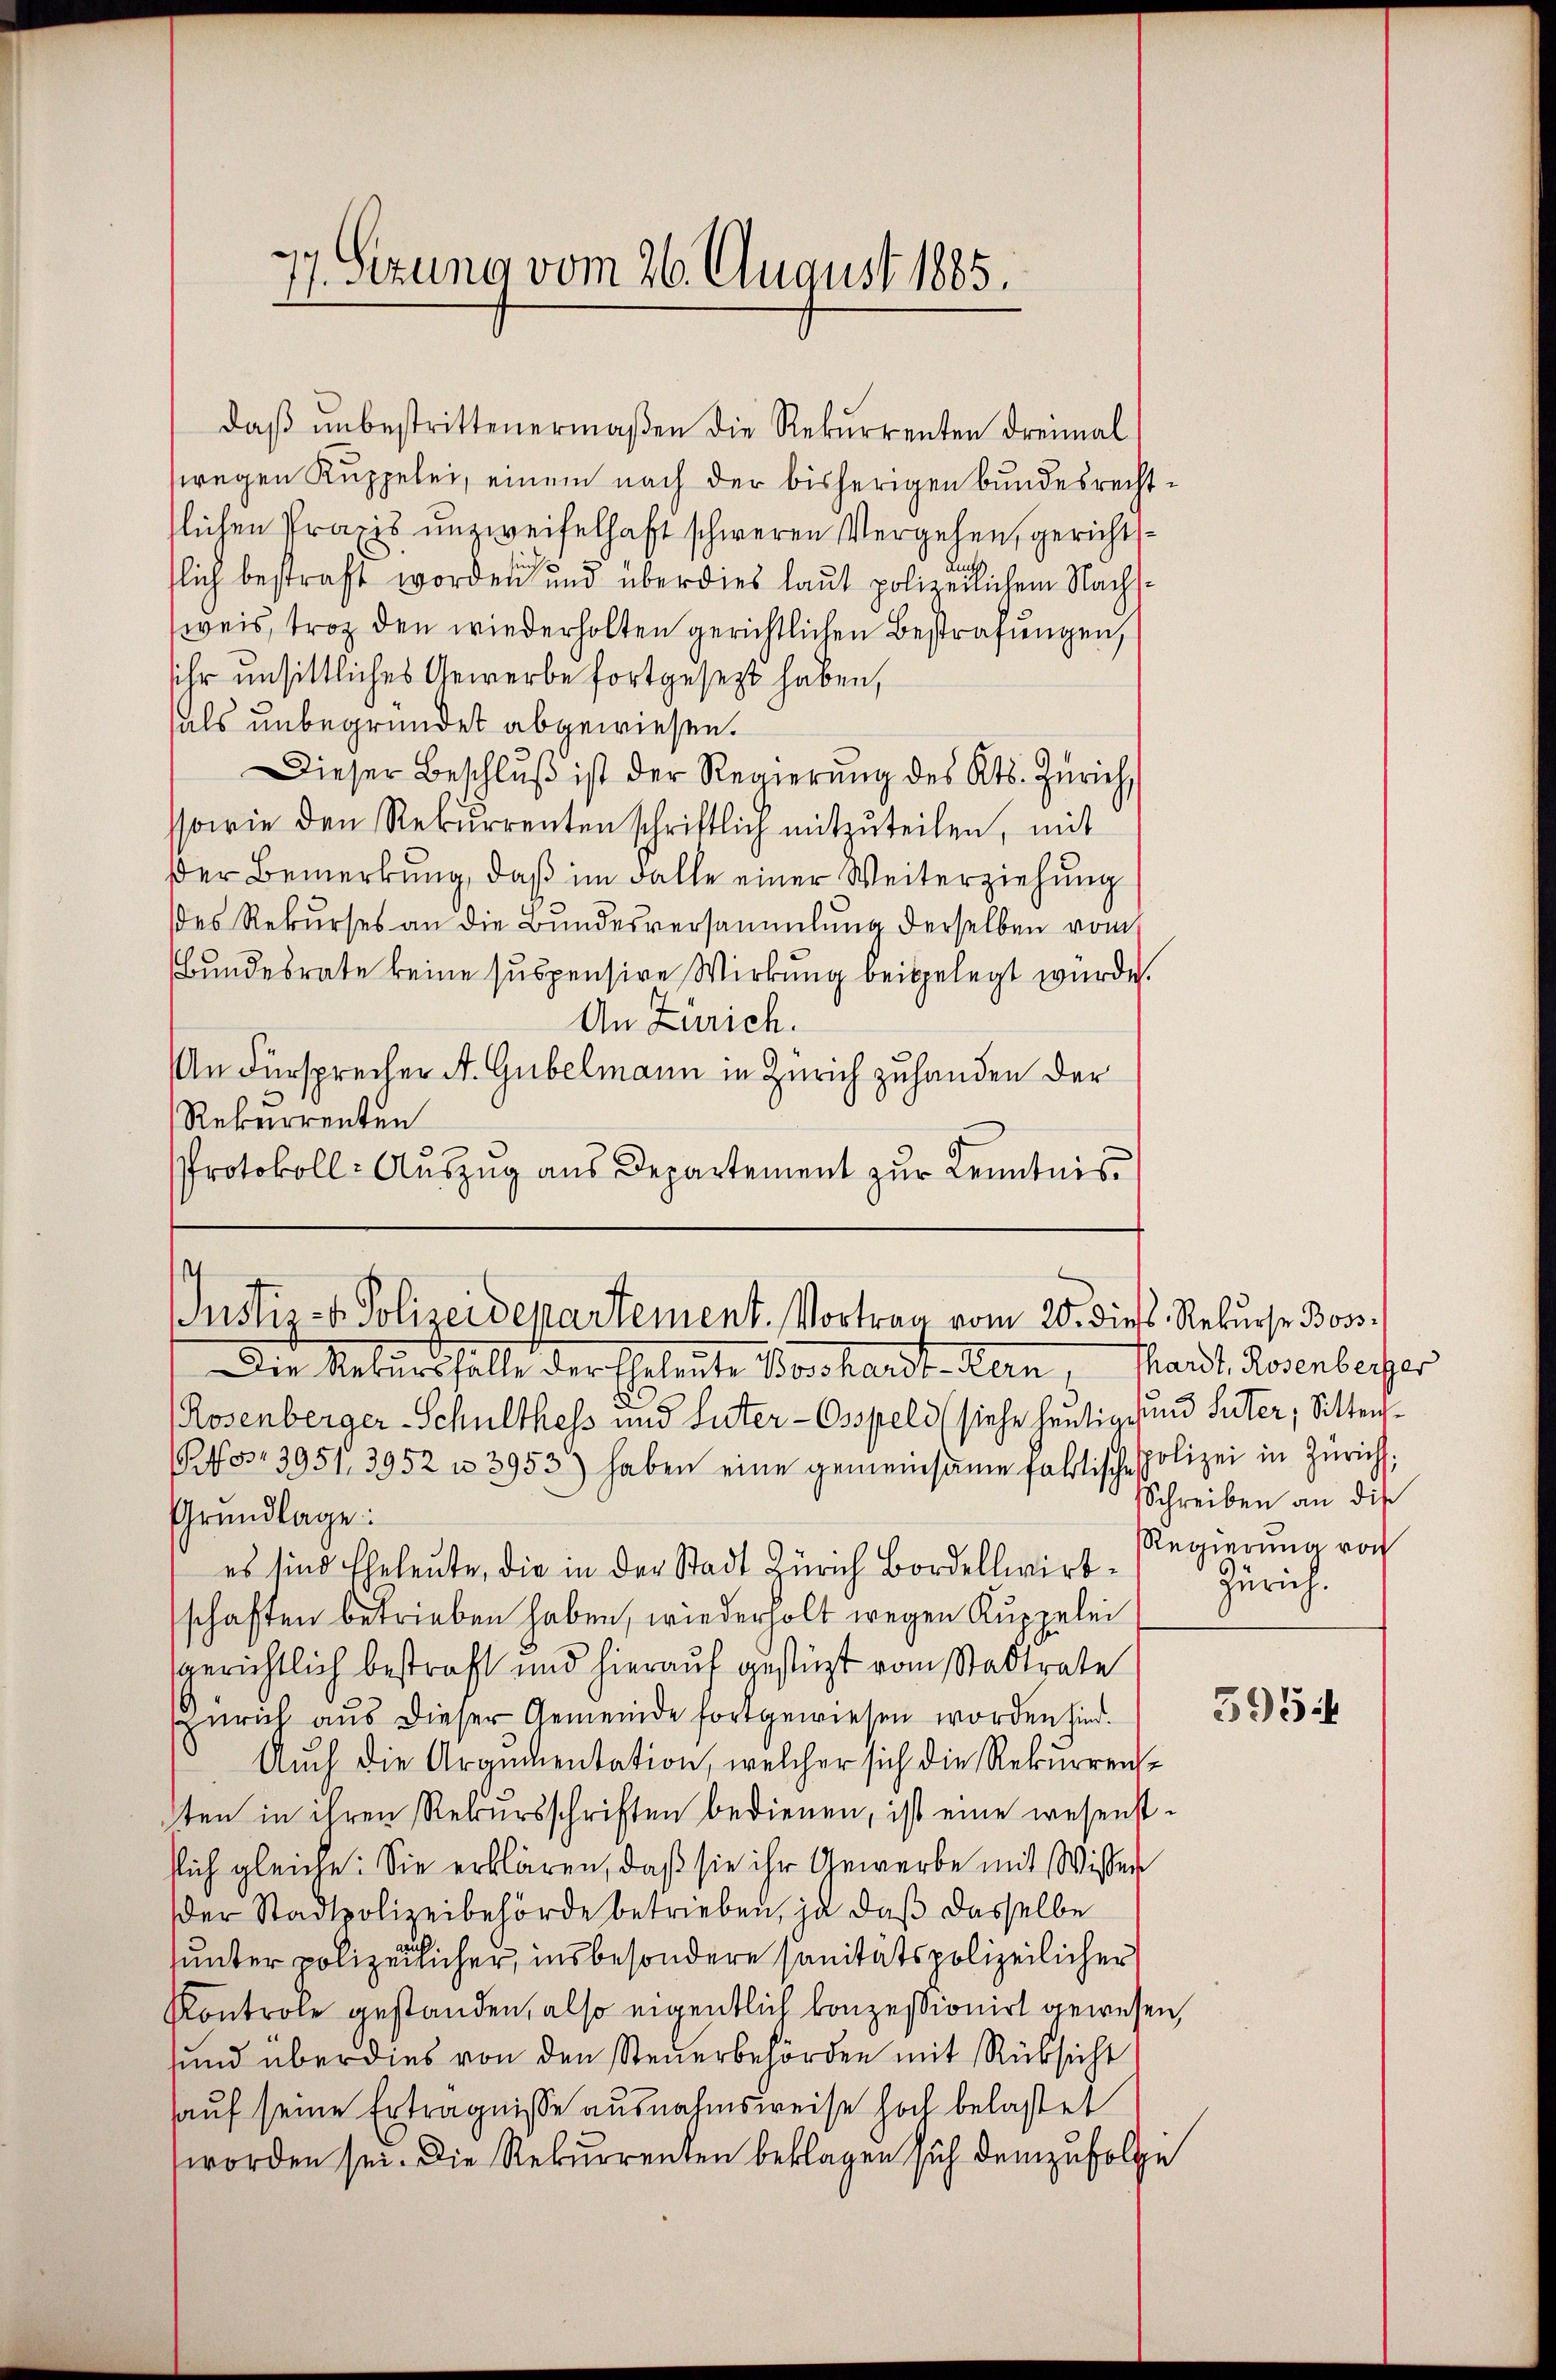
g
11. Sitzung vom 26. August 1885.

daβ ŭnbestrittenermaβen die Rekŭrrenten dreimal
wegen Kuppelei, einem nach der bisherigen Bundesrecht-
slichen Praxis unzweifelhaft schweren Vergehen, gerichtsd
d
tlich bestraft worden und über dies laut polizeilichem Nachsweis, troz den wiederholten gerichtlichen Bestrafungen,
sihr unsittliches Gewerbe fortgesezt haben,
hals unbegründet abgewiesen.
Dieser Beschlŭβ ist der Regierŭng des Kts. Zürich
ssowie den Rekurrenten schriftlich mitzuteilen, mit
Der Bemerkung, daß im Falle einer Weiterziehung
des Rekurses an die Bundesversammlung derselben vom
Bundesrate keine suspensive Wirkung beigelegt würde.
An Zürich.
An Fürsprecher A. Gubelmann in Zürich zuhanden der
Rekurrenten
Protokoll- Aŭszŭg ans Departement zŭr Kenntnis

Justiz- & Polizeidepartement. Vortrag vom 20. dies, Rekurse Boss¬

Die Rekursfälle der Eheleute Voschardt-Kern,
Rosenberger-Schulthess und Suter - Osspeld (siehe heutige und Suter, Sitten¬
Pos.3951. 3952 u. 3953) haben eine gemeinsame faktische Polizei in Zürich:
Grundlage:
es sind Eheleute, die in der Stadt Zürich Borellwirt-
schaften betrieben haben, wiederholt wegen Kuppelei
gerichtlich bestraft und hierauf gestüzt vom Stadtrate
Zürich aus dieser Gemeinde fortgewiesen worden sind.
Auch die Argumentation, welcher sich die Rekurrensten in ihren Rekursschriften bedienen, ist eine wesenstlich gleiche: Sie erklären, daß sie ihr Gewerbe mit Wisser
der Stadtpolizeibehörde betrieben, ja daß dasselbe
unter polizeilicher, insbesondere sanitätspolizeilicher
Kontrole gestanden, also eigentlich konzessionirt gewesen,
sund über dies von den Steŭerbehörden mit Rücksicht
auf seine Erträgnisse ausnahmsweise hoch belastet
worden sei. Die Rekurrenten beklagen sich demzufolge

fhardt, Rosenberger
Schreiben an die
Regierung von
Zürich.

595